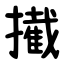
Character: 擮